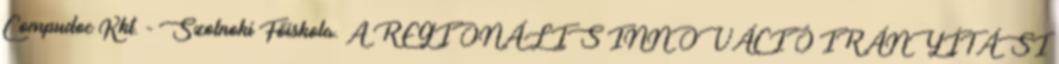
Compudoc Kkt. - Szolnoki Főiskola. A REGIONÁLIS INNOVÁCIÓ IRÁNYÍTÁSI